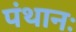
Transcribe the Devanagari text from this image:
पंथानः